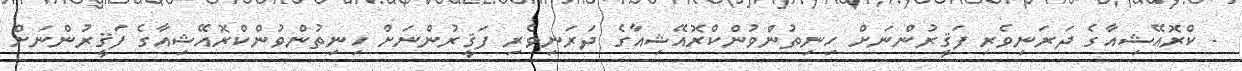
- ކްރޮއޭޝިއާގެ ދަރަނިވެރި ފަޤީރުންނަށް ހިނިތުންވުންކްރޮއޭޝިއާގެ ދަރަނިވެރި ފަޤީރުންނަށް ހިނިތުންވުންކްރޮއޭޝިއާގެ ފަޤީރުންނަށް